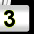
Digit: 3